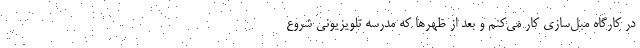
در کارگاه مبل‌سازی کار می‌کنم و بعد از ظهرها که مدرسه تلویزیونی شروع